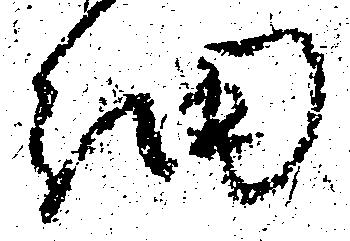
細